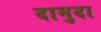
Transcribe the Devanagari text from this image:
दामुदा